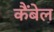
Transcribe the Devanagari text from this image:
कैंबेल